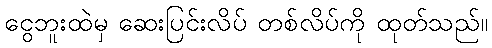
ငွေဘူးထဲမှ ဆေးပြင်းလိပ် တစ်လိပ်ကို ထုတ်သည်။